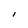
Character: I